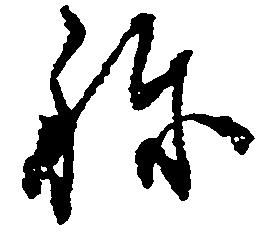
ね